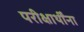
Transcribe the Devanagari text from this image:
परीक्षार्थींना